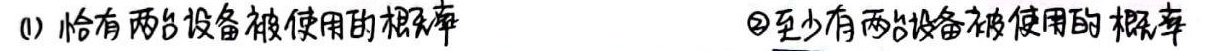
(1) 恰有两台设备被使用的概率
(2) 至少有两台设备被使用的概率